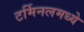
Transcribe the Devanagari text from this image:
टर्मिनलमध्ये